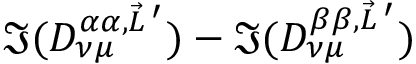
\Im ( D _ { \nu \mu } ^ { \alpha \alpha , \vec { L } \, ^ { \prime } } ) - \Im ( D _ { \nu \mu } ^ { \beta \beta , \vec { L } \, ^ { \prime } } )